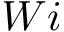
W i